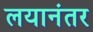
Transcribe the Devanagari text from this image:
लयानंतर